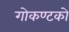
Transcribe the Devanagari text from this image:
गोकण्टको